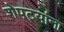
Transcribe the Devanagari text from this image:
शेपट्यांना